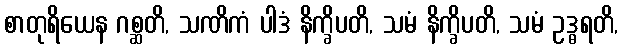
စာတုရိယေန ဂစ္ဆတိ, သဏိကံ ပါဒံ နိက္ခိပတိ, သမံ နိက္ခိပတိ, သမံ ဥဒ္ဓရတိ,